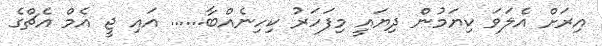
އިރަށް އެލަވަ ކިޔަމުން ދިޔައީ މިފަހަަރު ކިހިނެއްބާ...... އައި ޖީ އެމް އެޗްގެ